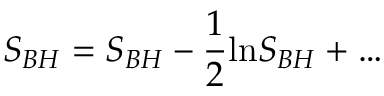
{ \cal S } _ { B H } = S _ { B H } - \frac { 1 } { 2 } \mathrm { l n } S _ { B H } + \ldots